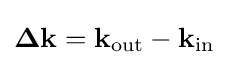
\mathbf {\Delta k} =\mathbf {k} _{\mathrm {out} }-\mathbf {k} _{\mathrm {in} }